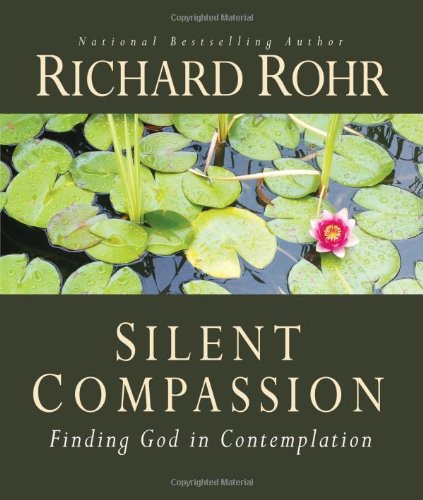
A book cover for Silent Compassion: Finding God in Contemplation; Richard Rohr O.F.M.; Religion & Spirituality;